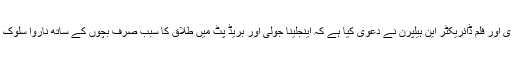
لیکن امریکی صحافی، لکھاری اور فلم ڈائریکٹر آین ہیلپرن نے دعویٰ کیا ہے کہ اینجلینا جولی اور بریڈ پٹ میں طلاق کا سبب صرف بچوں کے ساتھ ناروا سلوک کرنا اور شراب پینا نہیں ہے۔